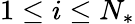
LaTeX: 1\leq i\leq N_{*}